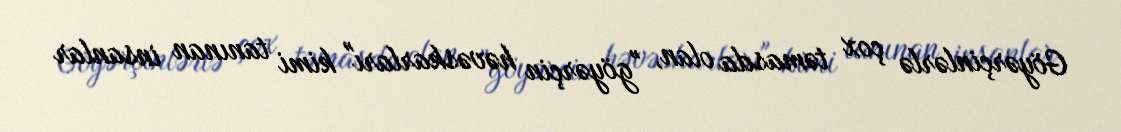
Göyərçinlərlə çox təmasda olan, "göyərçin həvəskarları" kimi tanınan insanlar